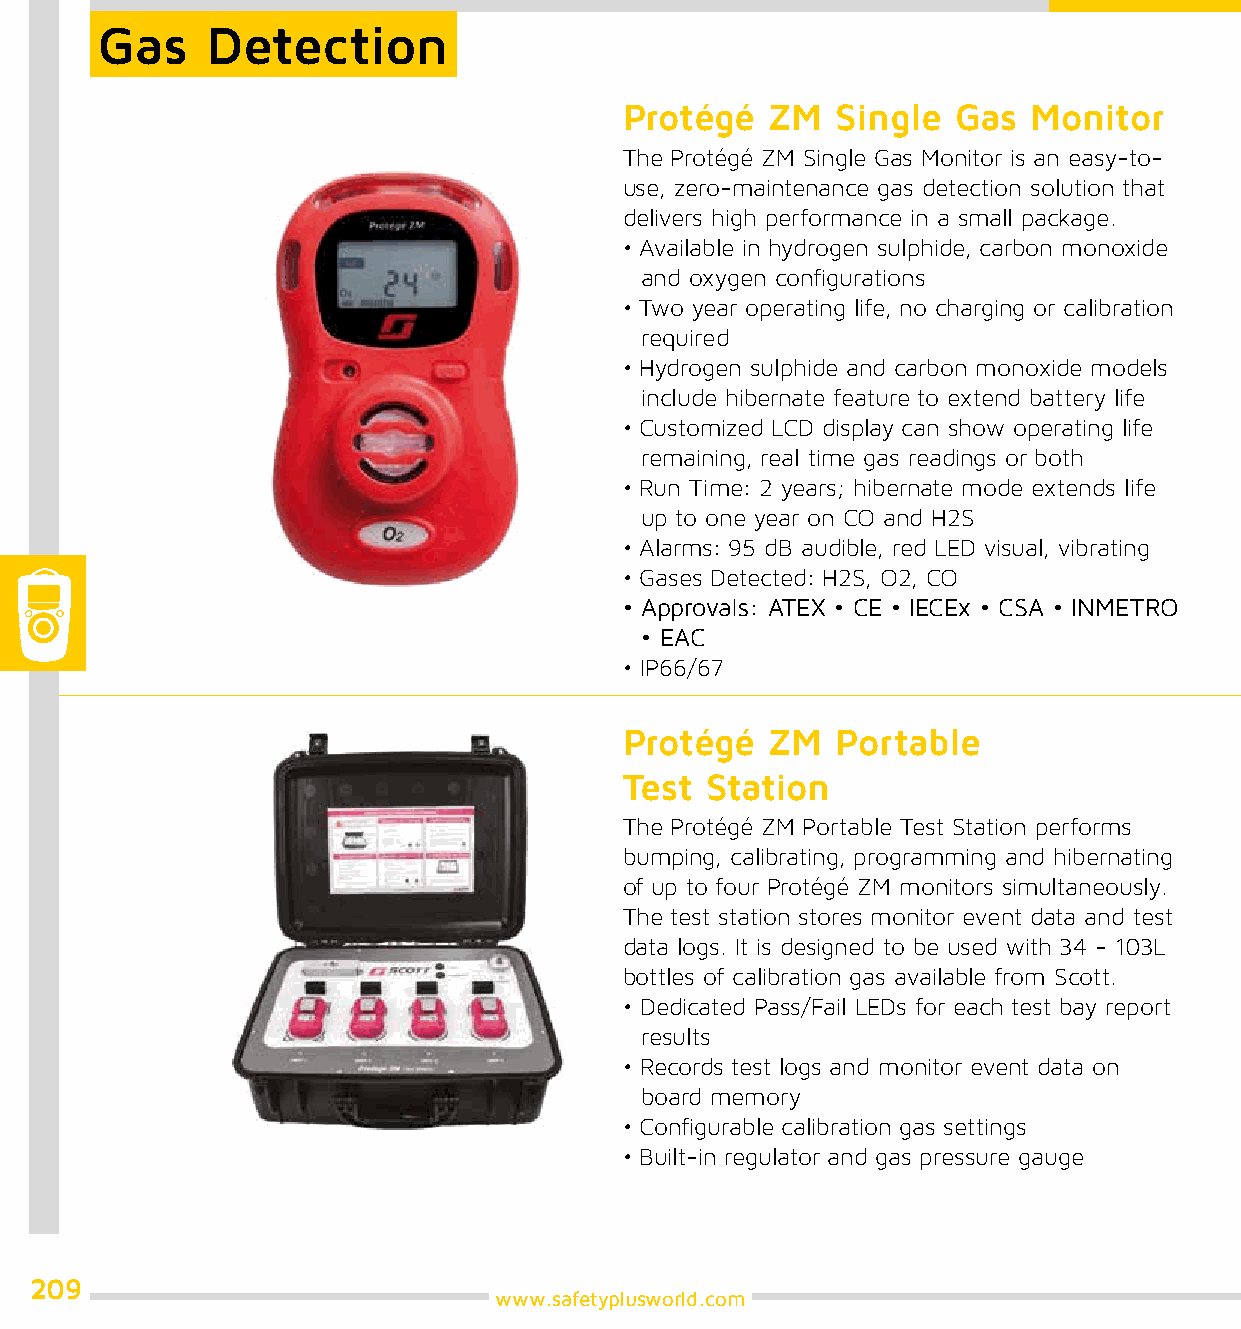
Gas     Detection
 Protégé   ZM  Single  Gas  Monitor
 The Protégé ZM Single Gas Monitor is an easy-to-
 use, zero-maintenance gas detection solution that
 delivers high performance in a small package.
 • Available in hydrogen sulphide, carbon monoxide
 and oxygen configurations
 • Two year operating life, no charging or calibration
 required
 • Hydrogen sulphide and carbon monoxide models
 include hibernate feature to extend battery life
 • Customized LCD display can show operating life
 remaining, real time gas readings or both
 • Run Time: 2 years; hibernate mode extends life
 up to one year on CO and H2S
 • Alarms: 95 dB audible, red LED visual, vibrating
 • Gases Detected: H2S, O2, CO
 • Approvals: ATEX • CE • IECEx • CSA • INMETRO
 • EAC
 • IP66/67
 Protégé   ZM  Portable
 Test  Station
 The Protégé ZM Portable Test Station performs
 bumping, calibrating, programming and hibernating
 of up to four Protégé ZM monitors simultaneously.
 The test station stores monitor event data and test
 data logs. It is designed to be used with 34 - 103L
 bottles of calibration gas available from Scott.
 • Dedicated Pass/Fail LEDs for each test bay report
 results
 • Records test logs and monitor event data on
 board memory
 • Configurable calibration gas settings
 • Built-in regulator and gas pressure gauge
 209
 www.safetyplusworld.com